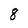
Character: 8